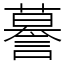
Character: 謩